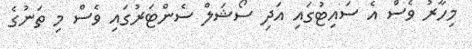
މިހާރު ވެސް އެ ސައިޓުގައި އަދި ސޯޝަލް ސެންޓަރުގައި ވެސް މި ތަނުގެ